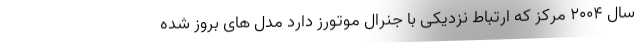
سال 2004 مرکز که ارتباط نزدیکی با جنرال موتورز دارد مدل های بروز شده